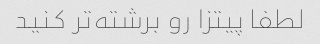
لطفا پیتزا رو برشته‌تر کنید